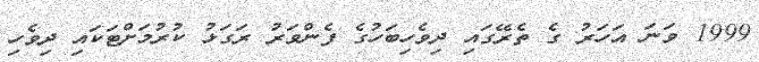
1999 ވަނަ އަހަރު ގެ ތެރޭގައި ދިވެހިބަހުގެ ފެންވަރު ރަގަޅު ކުރުމަށްޓަކައި ދިވެހި